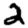
Digit: 2